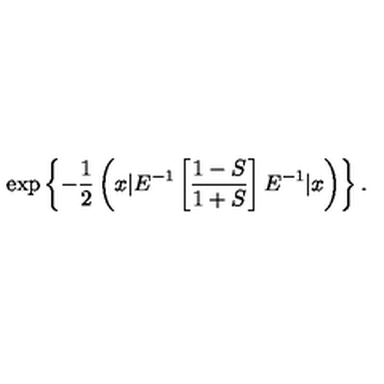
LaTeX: \exp \left\{ { - \frac { 1 } { 2 } \left( x | E ^ { - 1 } \left[ \frac { 1 - S } { 1 + S } \right] E ^ { - 1 } | x \right) } \right\} .